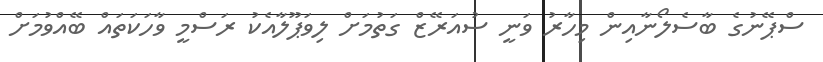
ސްޕޭނުގެ ބާސެލޯނާއިން މިހާރު ވަނީ ސުއަރޭޒް ގަތުމަށް ލިވަޕޫލާއެކު ރަސްމީ ވާހަކަތައް ބޭއްވުމަށް